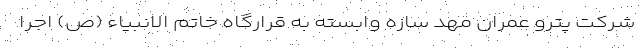
شرکت پترو عمران مهد سازه وابسته به قرارگاه خاتم الانبیاء (ص) اجرا